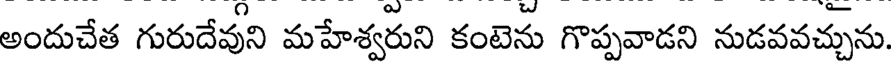
అందుచేత గురుదేవుని మహేశ్వరుని కంటెను గొప్పవాడని నుడవవచ్చును.